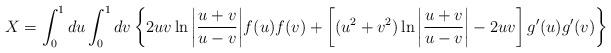
LaTeX: \begin{align*}X = \int_0^1 du \int_0^1 dv \left\{ 2uv\ln{\left|{u+v\over u-v}\right|}f(u)f(v) +\left[(u^2+v^2)\ln{\left|{u+v\over u-v}\right|}-2uv\right]g'(u)g'(v) \right\} \end{align*}